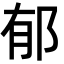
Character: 郁